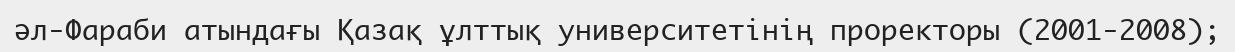
әл-Фараби атындағы Қазақ ұлттық университетінің проректоры (2001-2008);